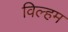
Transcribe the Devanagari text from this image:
विल्‍हम